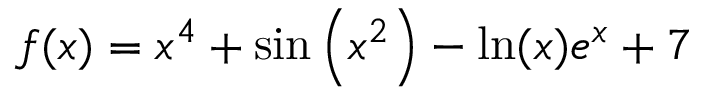
f ( x ) = x ^ { 4 } + \sin \left( x ^ { 2 } \right) - \ln ( x ) e ^ { x } + 7